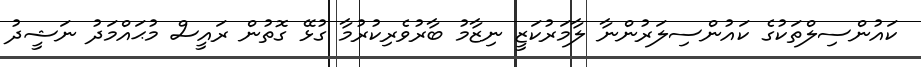
ކައުންސިލްތަކުގެ ކައުންސިލަރުންނާ ލާމަރުކަޒީ ނިޒާމު ބާރުވެރިކުރުމާ ގުޅޭ ގޮތުން ރައީސް މުޙައްމަދު ނަޝީދު